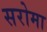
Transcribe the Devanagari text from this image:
सरोमा